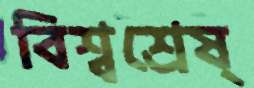
বিশ্বশ্রেষ্